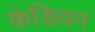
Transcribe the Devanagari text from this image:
कंडियन